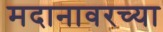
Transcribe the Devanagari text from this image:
मदानावरच्या